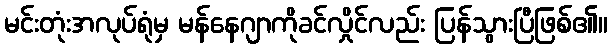
မင်းတုံးအလုပ်ရုံမှ မန်နေဂျာကိုခင်လှိုင်လည်း ပြန်သွားပြီဖြစ်၏။